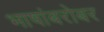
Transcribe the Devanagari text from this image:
भाषांबरोबर